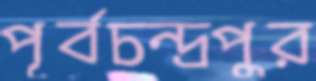
পূর্বচন্দ্রপুর